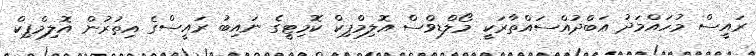
ރައީސް މުހައްމަދު ޢަބްދުއްސައްތާރަކީ މޯލްޑިވްސް އޮލިމްޕިކް ކޮމިޓީގެ ނައިބު ރައީސްގެ އިތުރުން އޮލިމްޕިކް